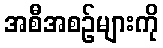
အစီအစဉ်များကို